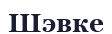
Шэвке